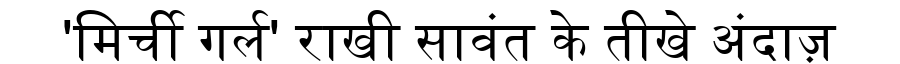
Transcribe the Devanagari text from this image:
'मिर्ची गर्ल' राखी सावंत के तीखे अंदाज़